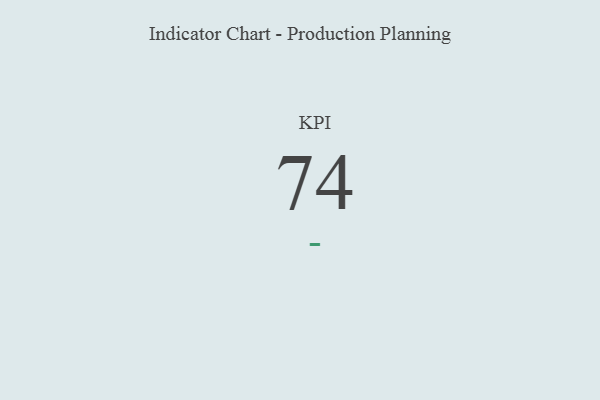
{"axis": {"x": "KPI", "y": "Value"}, "legend": [""], "data": [{"x": "KPI", "y": 74, "type": ""}]}